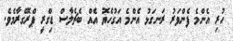
ހުރި އެންމެ ފެންވަރު ރަނގަޅު އެންމެ އަގުހެޔޮ އެއް ބެޗެލާސް ޑިގްރީ ޕްރޮގްރާމެވެ.